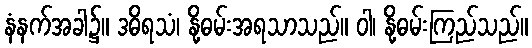
နံနက်အခါ၌။ ဒဓိရသံ၊ နို့ဓမ်းအရသာသည်။ ဝါ၊ နို့ဓမ်းကြည်သည်။